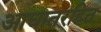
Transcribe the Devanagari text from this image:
आघातरहित